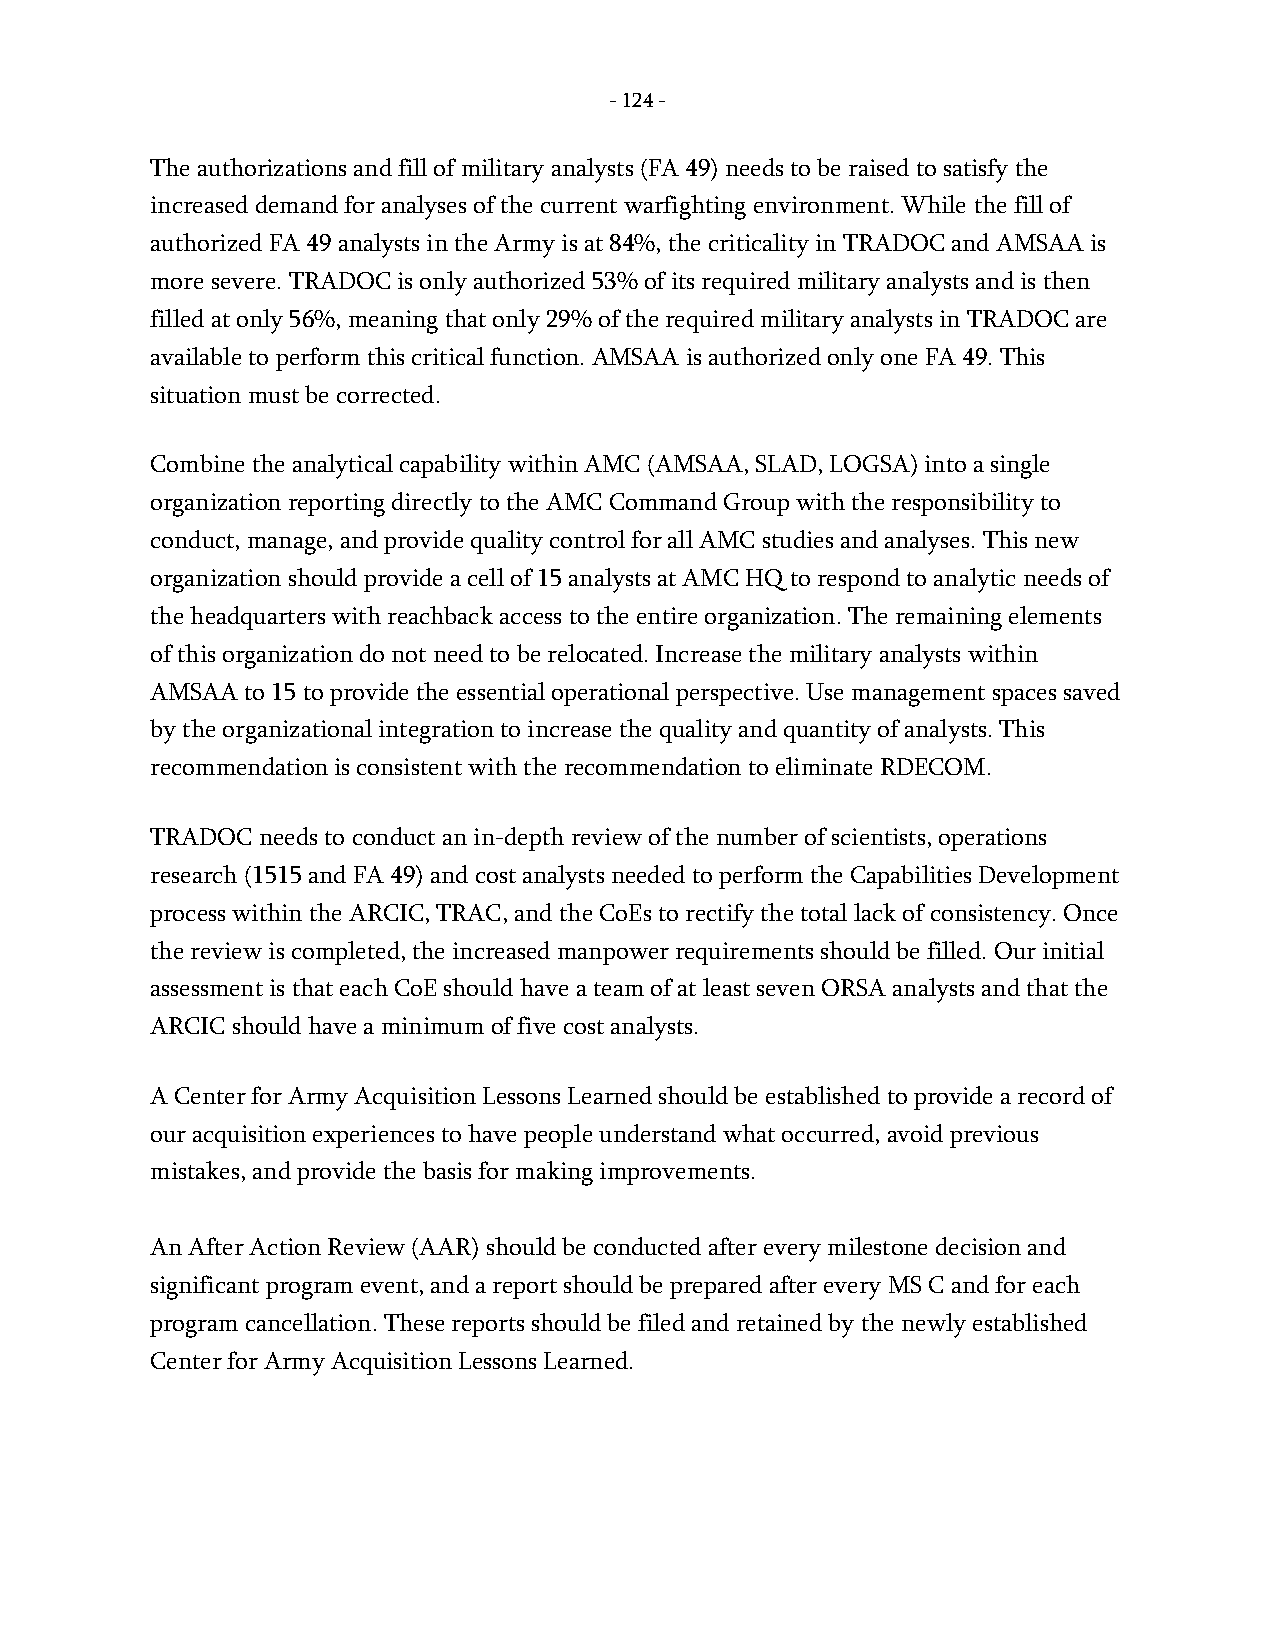
- 124 -
 The authorizations and fill of military analysts (FA 49) needs to be raised to satisfy the
 increased demand for analyses of the current warfighting environment. While the fill of
 authorized FA 49 analysts in the Army is at 84%, the criticality in TRADOC and AMSAA is
 more severe. TRADOC is only authorized 53% of its required military analysts and is then
 filled at only 56%, meaning that only 29% of the required military analysts in TRADOC are
 available to perform this critical function. AMSAA is authorized only one FA 49. This
 situation must be corrected.
 Combine the analytical capability within AMC (AMSAA, SLAD, LOGSA) into a single
 organization reporting directly to the AMC Command Group with the responsibility to
 conduct, manage, and provide quality control for all AMC studies and analyses. This new
 organization should provide a cell of 15 analysts at AMC HQ to respond to analytic needs of
 the headquarters with reachback access to the entire organization. The remaining elements
 of this organization do not need to be relocated. Increase the military analysts within
 AMSAA to 15 to provide the essential operational perspective. Use management spaces saved
 by the organizational integration to increase the quality and quantity of analysts. This
 recommendation is consistent with the recommendation to eliminate RDECOM.
 TRADOC needs to conduct an in-depth review of the number of scientists, operations
 research (1515 and FA 49) and cost analysts needed to perform the Capabilities Development
 process within the ARCIC, TRAC, and the CoEs to rectify the total lack of consistency. Once
 the review is completed, the increased manpower requirements should be filled. Our initial
 assessment is that each CoE should have a team of at least seven ORSA analysts and that the
 ARCIC should have a minimum of five cost analysts.
 A Center for Army Acquisition Lessons Learned should be established to provide a record of
 our acquisition experiences to have people understand what occurred, avoid previous
 mistakes, and provide the basis for making improvements.
 An After Action Review (AAR) should be conducted after every milestone decision and
 significant program event, and a report should be prepared after every MS C and for each
 program cancellation. These reports should be filed and retained by the newly established
 Center for Army Acquisition Lessons Learned.
 -
 124
 -